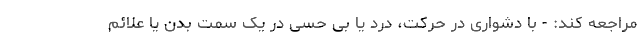
مراجعه کند: - با دشواری در حرکت، درد یا بی حسی در یک سمت بدن یا علائم